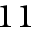
1 1